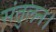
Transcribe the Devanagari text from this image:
संतुलन।